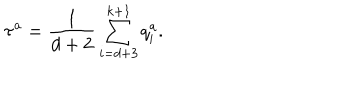
\tau ^ { a } = \frac { { 1 } } { d + 2 } \sum _ { i = d + 3 } ^ { k + 1 } q _ { i } ^ { a } .